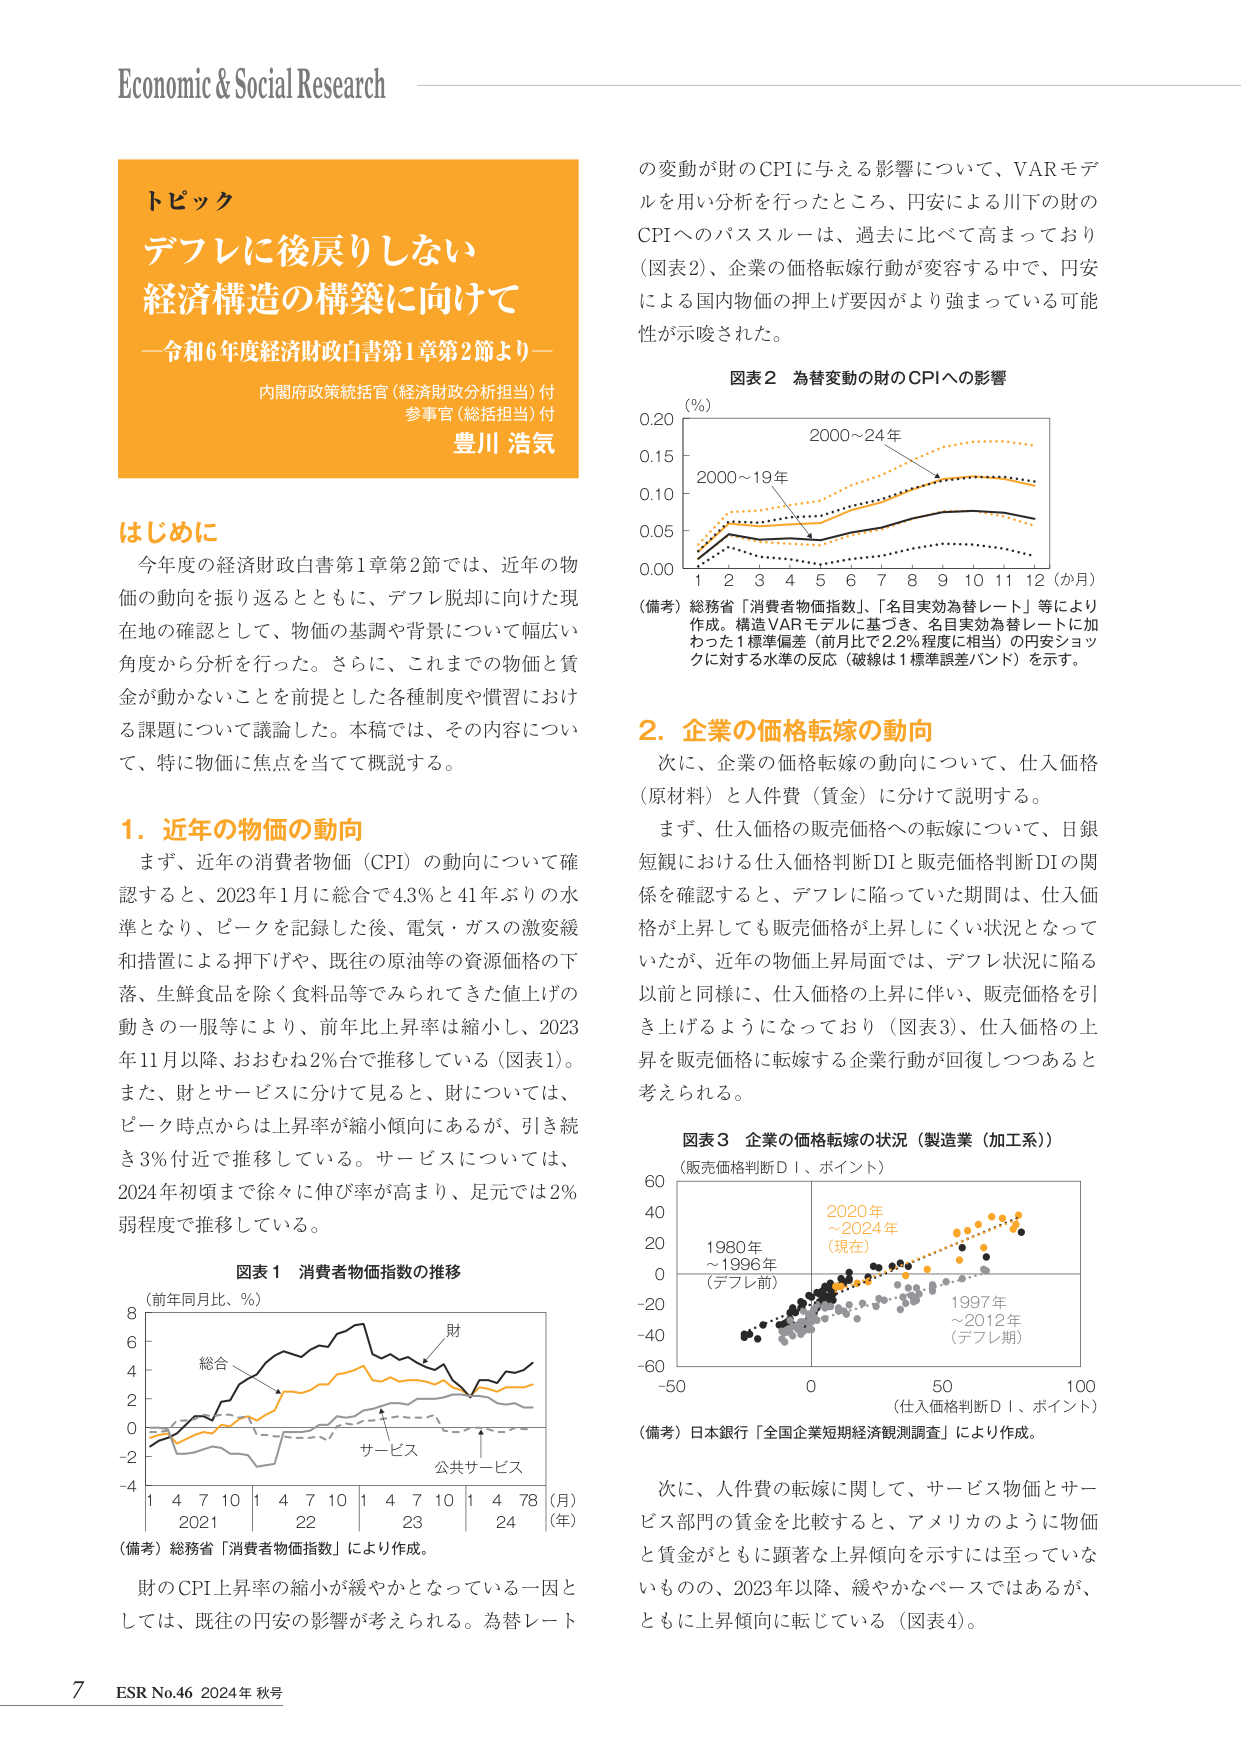
Economic & Social Research

トピック
デフレに後戻りしない
経済構造の構築に向けて
—令和6年度経済財政白書第1章第2節より—
内閣府政策統括官（経済財政分析担当）付
参事官（総括担当）付
豊川 浩気

はじめに
今年度の経済財政白書第1章第2節では、近年の物価の動向を振り返るとともに、デフレ脱却に向けた現在地の確認として、物価の基調や背景について幅広い角度から分析を行った。さらに、これまでの物価と賃金が動かないことを前提とした各種制度や慣習における課題について議論した。本稿では、その内容について、特に物価に焦点を当てて概説する。

1. 近年の物価の動向
まず、近年の消費者物価（CPI）の動向について確認すると、2023年1月に総合で4.3％と41年ぶりの水準となり、ピークを記録した後、電気・ガスの激変緩和措置による押下げや、既往の原油等の資源価格の下落、生鮮食品を除く食料品等でみられてきた値上げの動きの一服等により、前年比上昇率は縮小し、2023年11月以降、おおむね2％台で推移している（図表1）。また、財とサービスに分けて見ると、財については、ピーク時点からは上昇率が縮小傾向にあるが、引き続き3％付近で推移している。サービスについては、2024年初頭まで徐々に伸び率が高まり、足元では2％弱程度で推移している。

図表1 消費者物価指数の推移
（前年同月比、％）
（備考）総務省「消費者物価指数」により作成。
財のCPI上昇率の縮小が緩やかとなっている一因としては、既往の円安の影響が考えられる。為替レート

の変動が財のCPIに与える影響について、VARモデルを用い分析を行ったところ、円安による川下の財のCPIへのパススルーは、過去に比べて高まっており（図表2）、企業の価格転嫁行動が変容する中で、円安による国内物価の押し上げ要因がより強まっている可能性が示唆された。

図表2 為替変動の財のCPIへの影響
（％）
（備考）総務省「消費者物価指数」、「名目実効為替レート」等により作成。構造VARモデルに基づき、名目実効為替レートに加わった1標準偏差（前月比で2.2％程度に相当）の円安ショックに対する水準の反応（破線は1標準誤差バンド）を示す。

2. 企業の価格転嫁の動向
次に、企業の価格転嫁の動向について、仕入価格（原材料）と人件費（賃金）に分けて説明する。
まず、仕入価格の販売価格への転嫁について、日銀短観における仕入価格判断DIと販売価格判断DIの関係を確認すると、デフレに陥っていた期間は、仕入価格が上昇しても販売価格が上昇しにくい状況となっていたが、近年の物価上昇局面では、デフレ状況に陥る以前と同様に、仕入価格の上昇に伴い、販売価格を引き上げるようになっており（図表3）、仕入価格の上昇を販売価格に転嫁する企業行動が回復しつつあると考えられる。

図表3 企業の価格転嫁の状況（製造業（加工系））
（販売価格判断DI、ポイント）
（仕入価格判断DI、ポイント）
（備考）日本銀行「全国企業短期経済観測調査」により作成。

次に、人件費の転嫁に関して、サービス物価とサービス部門の賃金を比較すると、アメリカのように物価と賃金がともに顕著な上昇傾向を示すには至っていないものの、2023年以降、緩やかなペースではあるが、ともに上昇傾向に転じている（図表4）。

7 ESR No.46 2024年 秋号